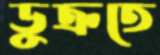
ডুক্‌রতে